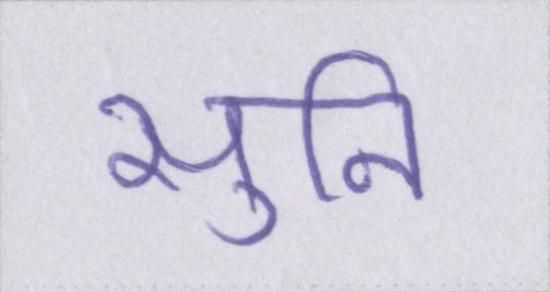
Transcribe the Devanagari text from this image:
सुनि